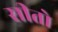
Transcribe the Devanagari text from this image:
सीतो